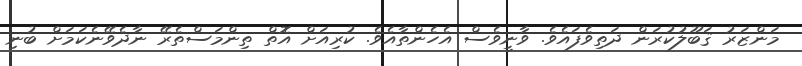
މަންޒަރު ޤަބޫލުކުރަން ދަތިވެފައެވެ. ވާނީވެސް އެހެންތާއެވެ. ކުރިއަށް އޮތް ތިންމަސްތެރޭ ނާދެވޭނެކަމަށް ބުނި